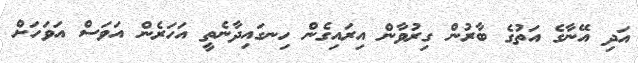
އަދި އޭނާގެ އަތުގެ ބާރުން ގިރުވާން އިރައިގެން ހިނގައިދާނެތީ އަހަރެން އަވަސް އަވަހަށް